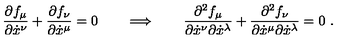
\frac { \partial f _ { \mu } } { \partial \dot { x } ^ { \nu } } + \frac { \partial f _ { \nu } } { \partial \dot { x } ^ { \mu } } = 0 \qquad \Longrightarrow \qquad \frac { \partial ^ { 2 } f _ { \mu } } { \partial \dot { x } ^ { \nu } \partial \dot { x } ^ { \lambda } } + \frac { \partial ^ { 2 } f _ { \nu } } { \partial \dot { x } ^ { \mu } \partial \dot { x } ^ { \lambda } } = 0 \ .